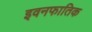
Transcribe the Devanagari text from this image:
इवनफातिक